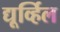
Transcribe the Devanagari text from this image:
द्यूर्व्हिल